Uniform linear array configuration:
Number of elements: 8
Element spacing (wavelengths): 0.25
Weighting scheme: uniform
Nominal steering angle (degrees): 15
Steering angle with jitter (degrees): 15.004
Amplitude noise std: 0.05
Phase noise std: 0.05

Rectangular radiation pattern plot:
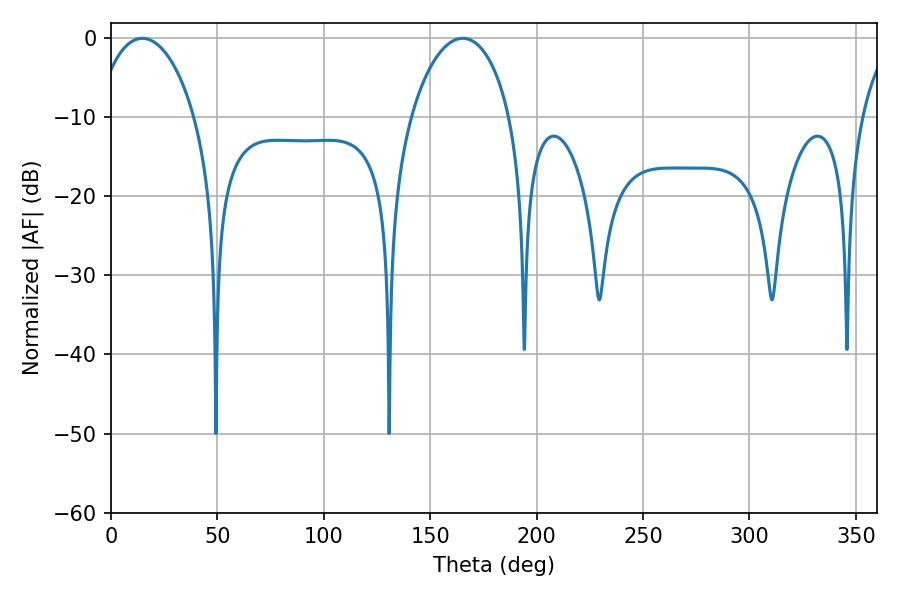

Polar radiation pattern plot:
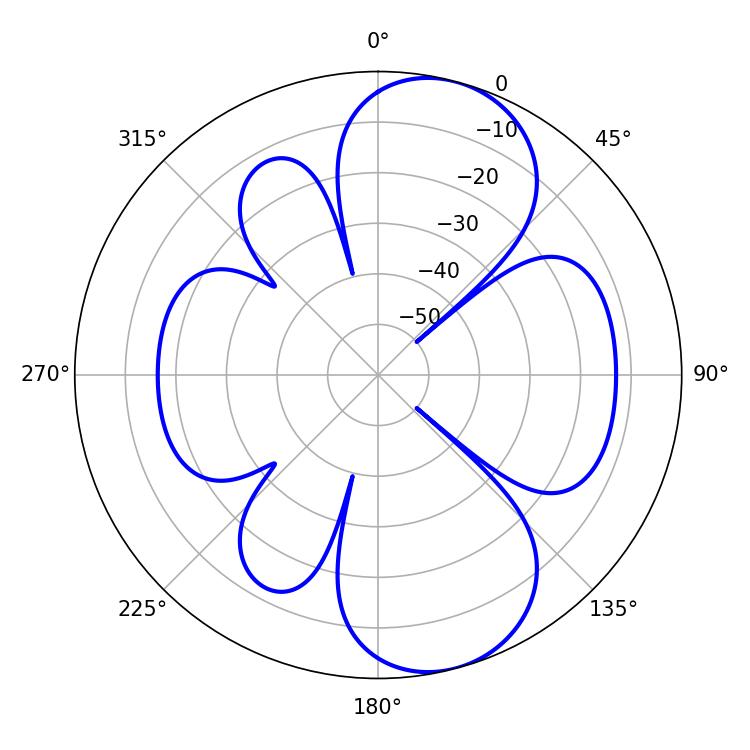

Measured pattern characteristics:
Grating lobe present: FALSE
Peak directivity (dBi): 8.767
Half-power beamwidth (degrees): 26.64
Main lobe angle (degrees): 14.76